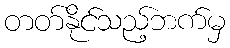
တတ်နိုင်သည့်ဘက်မှ